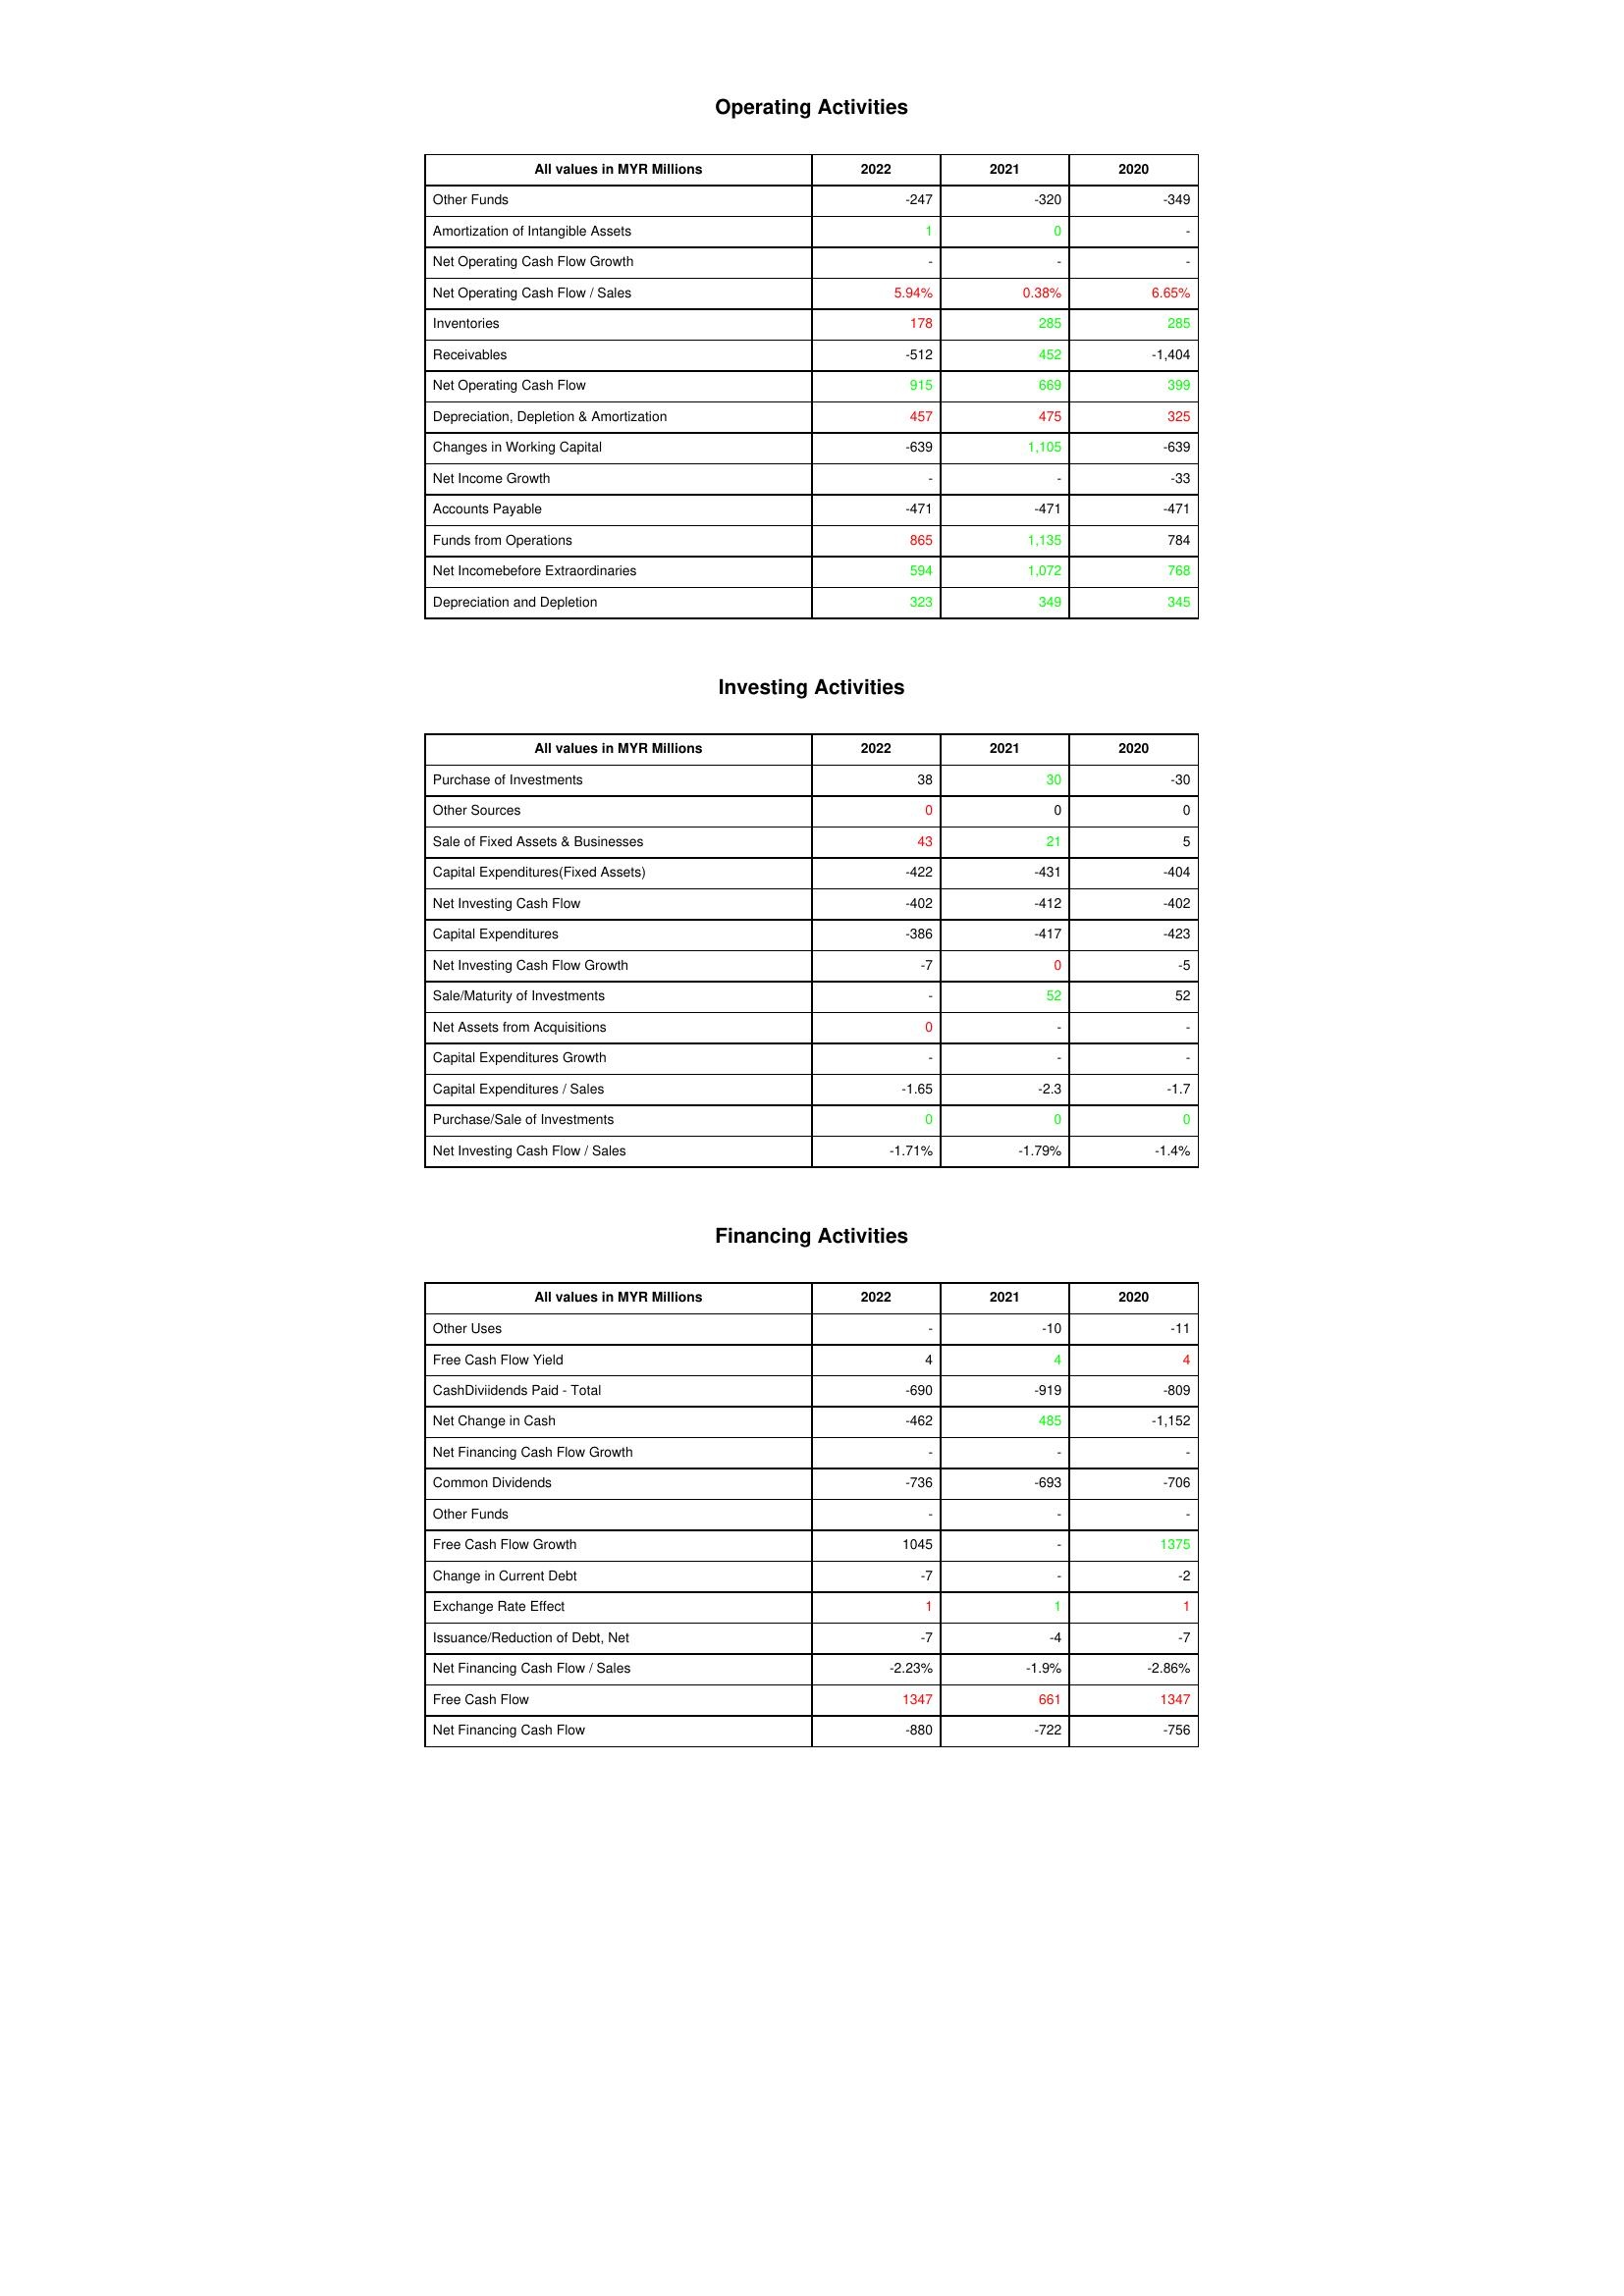
gt_parse: 2022: Operating Activities: Other Funds: -247
Amortization of Intangible Assets: 1
Net Operating Cash Flow Growth: -
Net Operating Cash Flow / Sales: 5.94%
Inventories: 178
Receivables: -512
Net Operating Cash Flow: 915
Depreciation, Depletion & Amortization: 457
Changes in Working Capital: -639
Net Income Growth: -
Accounts Payable: -471
Funds from Operations: 865
Net Incomebefore Extraordinaries: 594
Depreciation and Depletion: 323
Investing Activities: Purchase of Investments: 38
Other Sources: 0
Sale of Fixed Assets & Businesses: 43
Capital Expenditures(Fixed Assets): -422
Net Investing Cash Flow: -402
Capital Expenditures: -386
Net Investing Cash Flow Growth: -7
Sale/Maturity of Investments: -
Net Assets from Acquisitions: 0
Capital Expenditures Growth: -
Capital Expenditures / Sales: -1.65
Purchase/Sale of Investments: 0
Net Investing Cash Flow / Sales: -1.71%
Financing Activities: Other Uses: -
Free Cash Flow Yield: 4
CashDiviidends Paid - Total: -690
Net Change in Cash: -462
Net Financing Cash Flow Growth: -
Common Dividends: -736
Other Funds: -
Free Cash Flow Growth: 1045
Change in Current Debt: -7
Exchange Rate Effect: 1
Issuance/Reduction of Debt, Net: -7
Net Financing Cash Flow / Sales: -2.23%
Free Cash Flow: 1347
Net Financing Cash Flow: -880
2021: Operating Activities: Other Funds: -320
Amortization of Intangible Assets: 0
Net Operating Cash Flow Growth: -
Net Operating Cash Flow / Sales: 0.38%
Inventories: 285
Receivables: 452
Net Operating Cash Flow: 669
Depreciation, Depletion & Amortization: 475
Changes in Working Capital: 1,105
Net Income Growth: -
Accounts Payable: -471
Funds from Operations: 1,135
Net Incomebefore Extraordinaries: 1,072
Depreciation and Depletion: 349
Investing Activities: Purchase of Investments: 30
Other Sources: 0
Sale of Fixed Assets & Businesses: 21
Capital Expenditures(Fixed Assets): -431
Net Investing Cash Flow: -412
Capital Expenditures: -417
Net Investing Cash Flow Growth: 0
Sale/Maturity of Investments: 52
Net Assets from Acquisitions: -
Capital Expenditures Growth: -
Capital Expenditures / Sales: -2.3
Purchase/Sale of Investments: 0
Net Investing Cash Flow / Sales: -1.79%
Financing Activities: Other Uses: -10
Free Cash Flow Yield: 4
CashDiviidends Paid - Total: -919
Net Change in Cash: 485
Net Financing Cash Flow Growth: -
Common Dividends: -693
Other Funds: -
Free Cash Flow Growth: -
Change in Current Debt: -
Exchange Rate Effect: 1
Issuance/Reduction of Debt, Net: -4
Net Financing Cash Flow / Sales: -1.9%
Free Cash Flow: 661
Net Financing Cash Flow: -722
2020: Operating Activities: Other Funds: -349
Amortization of Intangible Assets: -
Net Operating Cash Flow Growth: -
Net Operating Cash Flow / Sales: 6.65%
Inventories: 285
Receivables: -1,404
Net Operating Cash Flow: 399
Depreciation, Depletion & Amortization: 325
Changes in Working Capital: -639
Net Income Growth: -33
Accounts Payable: -471
Funds from Operations: 784
Net Incomebefore Extraordinaries: 768
Depreciation and Depletion: 345
Investing Activities: Purchase of Investments: -30
Other Sources: 0
Sale of Fixed Assets & Businesses: 5
Capital Expenditures(Fixed Assets): -404
Net Investing Cash Flow: -402
Capital Expenditures: -423
Net Investing Cash Flow Growth: -5
Sale/Maturity of Investments: 52
Net Assets from Acquisitions: -
Capital Expenditures Growth: -
Capital Expenditures / Sales: -1.7
Purchase/Sale of Investments: 0
Net Investing Cash Flow / Sales: -1.4%
Financing Activities: Other Uses: -11
Free Cash Flow Yield: 4
CashDiviidends Paid - Total: -809
Net Change in Cash: -1,152
Net Financing Cash Flow Growth: -
Common Dividends: -706
Other Funds: -
Free Cash Flow Growth: 1375
Change in Current Debt: -2
Exchange Rate Effect: 1
Issuance/Reduction of Debt, Net: -7
Net Financing Cash Flow / Sales: -2.86%
Free Cash Flow: 1347
Net Financing Cash Flow: -756